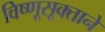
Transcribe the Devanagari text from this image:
विष्णूसूक्ताने